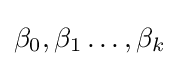
\beta _{0},\beta _{1}\dots ,\beta _{k}